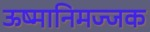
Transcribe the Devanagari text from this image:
ऊष्मानिमज्जक